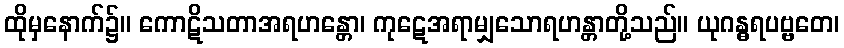
ထိုမှနောက်၌။ ကောဋိသတာအရဟန္တော၊ ကုဋေအရာမျှသောရဟန္တာတို့သည်။ ယုဂန္ဓရပဗ္ဗတေ၊